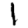
Digit: 1